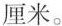
厘米。